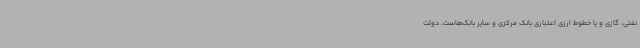
نفتی، گازی و یا خطوط ارزی اعتباری بانک مرکزی و سایر بانک‌هاست. دولت